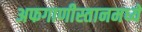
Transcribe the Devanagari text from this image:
अफगाणीस्तानमध्ये